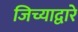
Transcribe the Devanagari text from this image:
जिच्याद्वारे